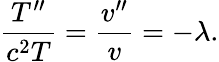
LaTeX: {\frac{T^{\prime\prime}}{c^{2}T}}={\frac{v^{\prime\prime}}{v}}=-\lambda.